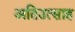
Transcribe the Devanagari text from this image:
अतिउत्साह